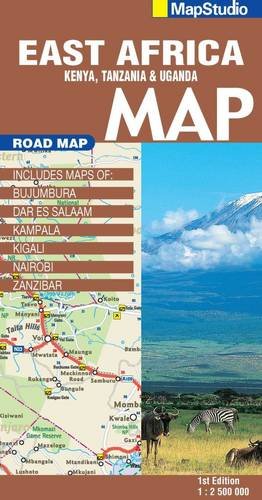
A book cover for East Africa Road Map 1:2,500,000 (Kenya,Tanzania, Uganda); Map Studio; Travel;